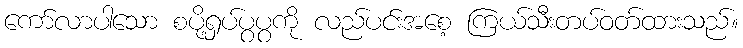
ကော်လာပါသော စပို့ရှပ်ပွပွကို လည်ပင်းအစေ့ ကြယ်သီးတပ်ဝတ်ထားသည်။